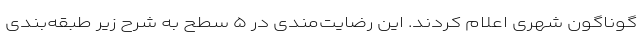
گوناگون شهری اعلام کردند. این رضایت‌مندی در ۵ سطح به شرح زیر طبقه‌بندی